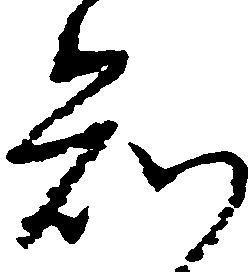
知